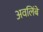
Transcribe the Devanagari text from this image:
अवलिंबे